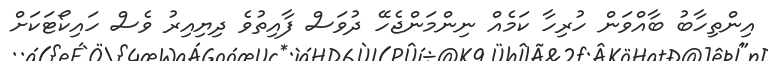
އިންތިހާބު ބާއްވަން ހުރިހާ ކަމެއް ނިންމަންޖެހޭ ދުވަސް ފާއިތުވެ ދިޔިއިރު ވެސް ހައިކޯޓަކަށް